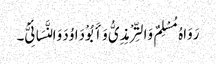
رَوَاہُ مُسْلِمٌ وَالتِّرْمِذِیُّ وَأَبُوْ دَاوُدَ وَالنَّسَائِیُّ۔